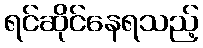
ရင်ဆိုင်နေရသည့်